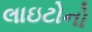
લાઇટોનો